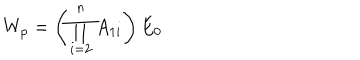
LaTeX: W _ { p } = \left( \prod _ { i = 2 } ^ { n } A _ { 1 i } \right) E _ { 0 }